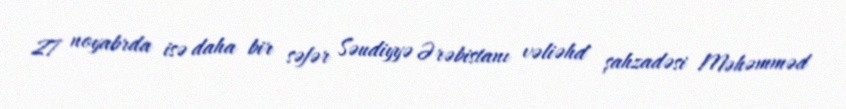
27 noyabrda isə daha bir səfər Səudiyyə Ərəbistanı vəliəhd şahzadəsi Məhəmməd